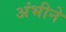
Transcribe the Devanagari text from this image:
अंभीने